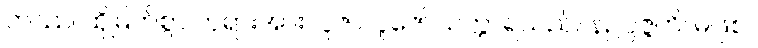
တဿ၊ ထိုမြတ်စွာ ဘုရားအား။ ပူဇာ၊ ပူဇော်သက္ကာရသည်။ နဥပ္ပဇ္ဇတိ၊ မဖြစ်။